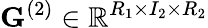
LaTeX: \mathbf{G}^{(2)}\in\mathbb{R}^{R_{1}\times I_{2}\times R_{2}}